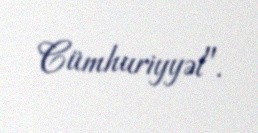
Cümhuriyyət".